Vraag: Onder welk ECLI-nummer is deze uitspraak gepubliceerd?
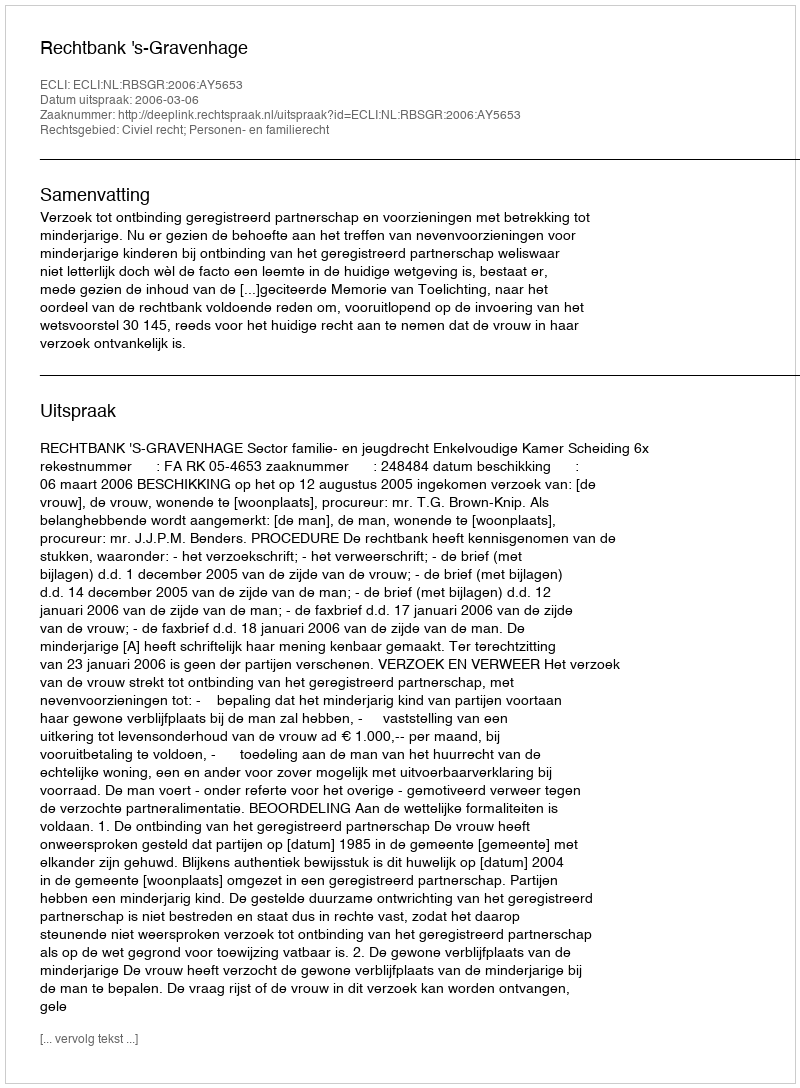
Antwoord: ECLI:NL:RBSGR:2006:AY5653